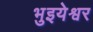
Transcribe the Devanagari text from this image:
भुइयेश्वर